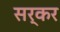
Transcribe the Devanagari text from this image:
सर्कर